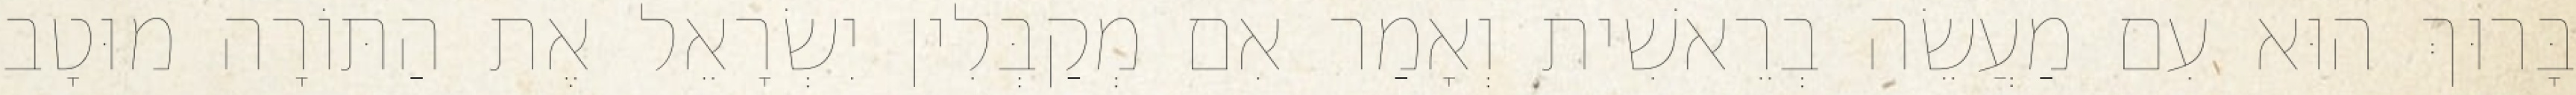
בָּרוּךְ הוּא עִם מַעֲשֵׂה בְרֵאשִׁית וְאָמַר אִם מְקַבְּלִין יִשְׂרָאֵל אֶת הַתּוֹרָה מוּטָב